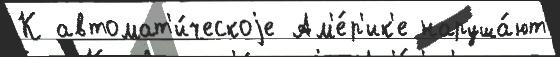
К автомат'и́ческоjе Ам'е́р'ик'е наруша́ют